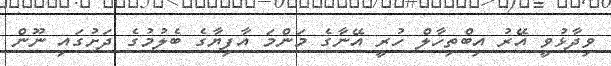
ވިދާޅުވީ އޭރު އިބްތިހާލް ހުރީ އޭނާގެ މަންމަ އާފިޔާގެ ބެލުމުގެ ދަށުގައި ނޫން